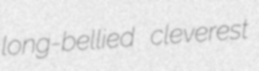
long-bellied cleverest